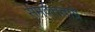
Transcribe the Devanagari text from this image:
समर्वत्तताग्रे